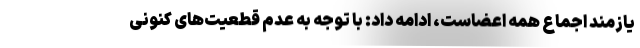
یازمند اجماع همه اعضاست، ادامه داد: با توجه به عدم قطعیت‌های کنونی